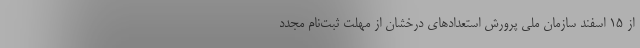
از ۱۵ اسفند سازمان ملی پرورش استعدادهای درخشان از مهلت ثبت‌نام مجدد